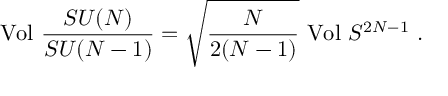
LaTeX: \mathrm { V o l } \ \frac { S U ( N ) } { S U ( N - 1 ) } = \sqrt { \frac { N } { 2 ( N - 1 ) } } \ \mathrm { V o l } \ S ^ { 2 N - 1 } \ .